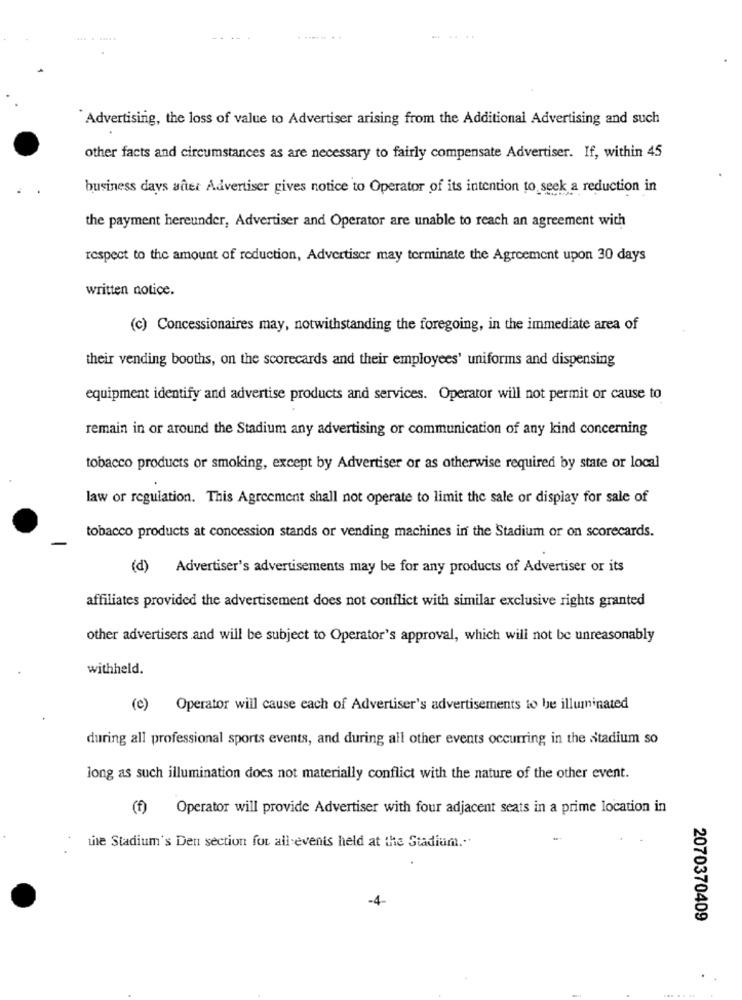
......
Advertising, the loss of value to Advertiser arising from the Additional Advertising and such
other facts and circumstances as are necessary to fairly compensate Advertiser. If, within 45
business days aaet Advertiser gives notice to Operator of its intention to seek a reduction in
the payment hereunder, Advertiser and Operator are unable to reach an agreement with
respect to the amount of reduction, Advertiser may terminate the Agreement upon 30 days
written notice.
(c) Concessionaires may, notwithstanding the foregoing, in the immediate area of
their vending booths, on the scorecards and their employees' uniforms and dispensing
equipment identify and advertise products and services. Operator will not permit or cause to
remain in or around the Stadium any advertising or communication of any kind concerning
tobacco products or smoking, except by Advertiser or as otherwise required by state or local
law or regulation. This Agreement shall not operate to limit the sale or display for sale of
tobacco products at concession stands or vending machines in the Stadium or on scorecards.
(d)
Advertiser's advertisements may be for any products of Advertiser or its
affiliates provided the advertisement does not conflict with similar exclusive rights granted
other advertisers and will be subject to Operator's approval, which will not be unreasonably
withheld.
(e) Operator will cause each of Advertiser's advertisements to be illuminated
during all professional sports events, and during all other events occurring in the stadium so
long as such illumination does not materially conflict with the nature of the other event.
(f)
Operator will provide Advertiser with four adjacent seats in a prime location in
the Stadium's Den section for all events held at the Stadium ...
2070370409